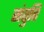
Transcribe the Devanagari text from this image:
संतुति